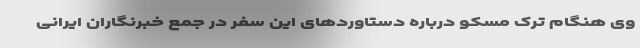
وی هنگام ترک مسکو درباره دستاوردهای این سفر در جمع خبرنگاران ایرانی